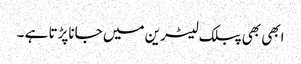
ابھی بھی پبلک لیٹرین میں جاناپڑتا ہے ۔